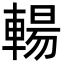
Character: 輰